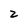
Character: 2